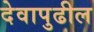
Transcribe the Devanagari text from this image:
देवापुढील